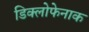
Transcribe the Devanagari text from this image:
डिक्लोफेनाक